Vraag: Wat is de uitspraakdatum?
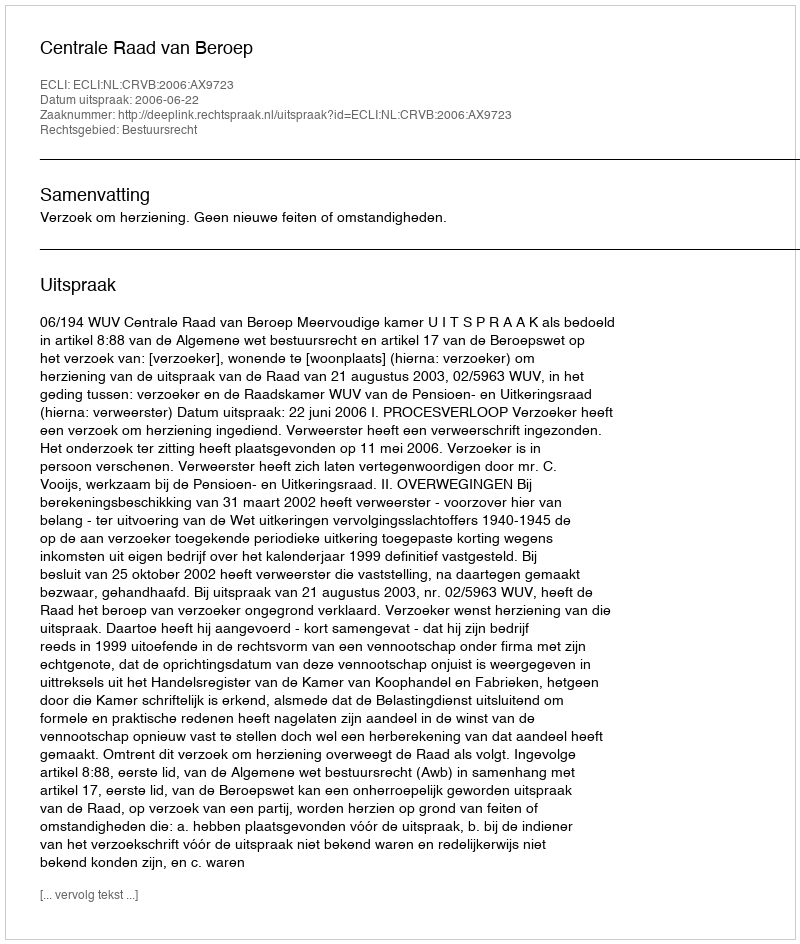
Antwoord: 2006-06-22